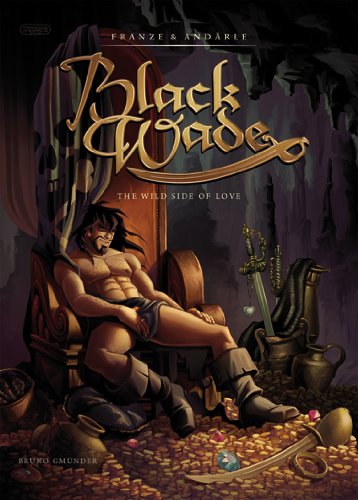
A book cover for Black Wade: The Wild Side of Love; Franze & Andaerle; Comics & Graphic Novels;